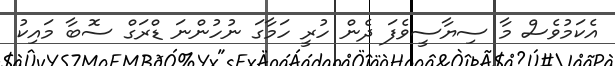
އެކަމުވެސް މާ ސިޔާސީވެފަ ދެން ހުރީ ހަމާގަ ނުހުންނަ ޑްރަގް ސޮބާ މައިކު